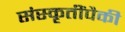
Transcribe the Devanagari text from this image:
संस्कृतींपैकी